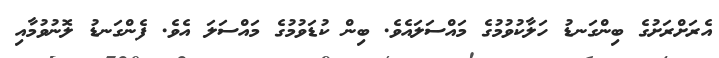
އެރަށްރަށުގެ ބިންގަނޑު ހަލާކުވުމުގެ މައްސަލައެވެ. ބިން ކުޑަވުމުގެ މައްސަލަ އެވެ. ފެންގަނޑު ލޮނުވުމާއި